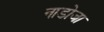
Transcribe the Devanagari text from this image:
नाडोजा